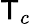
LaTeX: \mathsf{T}_{c}